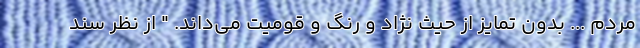
مردم ... بدون تمایز از حیث نژاد و رنگ و قومیت می‌داند. " از نظر سند